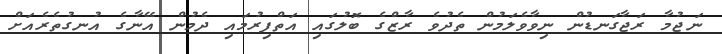
ނަޖުމާ ރަޖާގަނޑުން ނިވާވެލަމުން ތެދުވެ ރާޒްގެ ބޮލުގައި އަތްފިރުމައި ދެމުން އޭނާގެ އުނގުތެރެއަށް